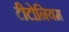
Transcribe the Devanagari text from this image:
टीटोनियम